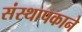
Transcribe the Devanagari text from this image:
संस्थापकाने